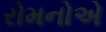
રોમનોએ